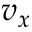
v _ { x }